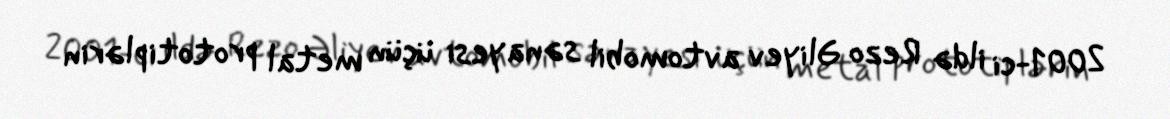
2001-ci ildə Rezo Əliyev avtomobil sənayesi üçün metal prototiplərin